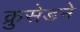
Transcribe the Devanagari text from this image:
क्रुसेडने